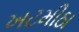
ખટમીઠા